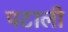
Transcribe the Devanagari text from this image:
पटाली